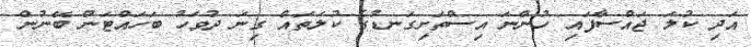
އަދި ކުލަ ޖައްސާފައި ހުންނަ އިސްތަށިގަނޑުގެ ކުލަތައް ގިނަ ދުވަހު ބަހައްޓަން ބޭނުން